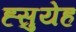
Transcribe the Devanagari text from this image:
ह्सुयेह